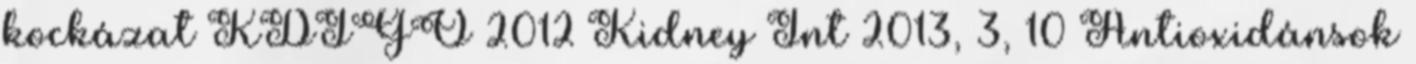
kockázat KDIGO 2012 Kidney Int 2013, 3, 10 Antioxidánsok